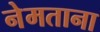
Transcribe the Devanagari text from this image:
नेमताना